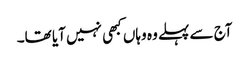
آج سے پہلے وہ وہاں کبھی نہیں آیا تھا۔